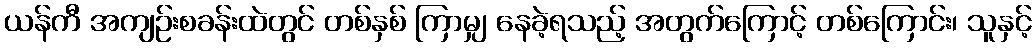
ယန်ကီ အကျဉ်းစခန်းထဲတွင် တစ်နှစ် ကြာမျှ နေခဲ့ရသည့် အတွက်ကြောင့် တစ်ကြောင်း၊ သူနှင့်